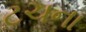
ટચના